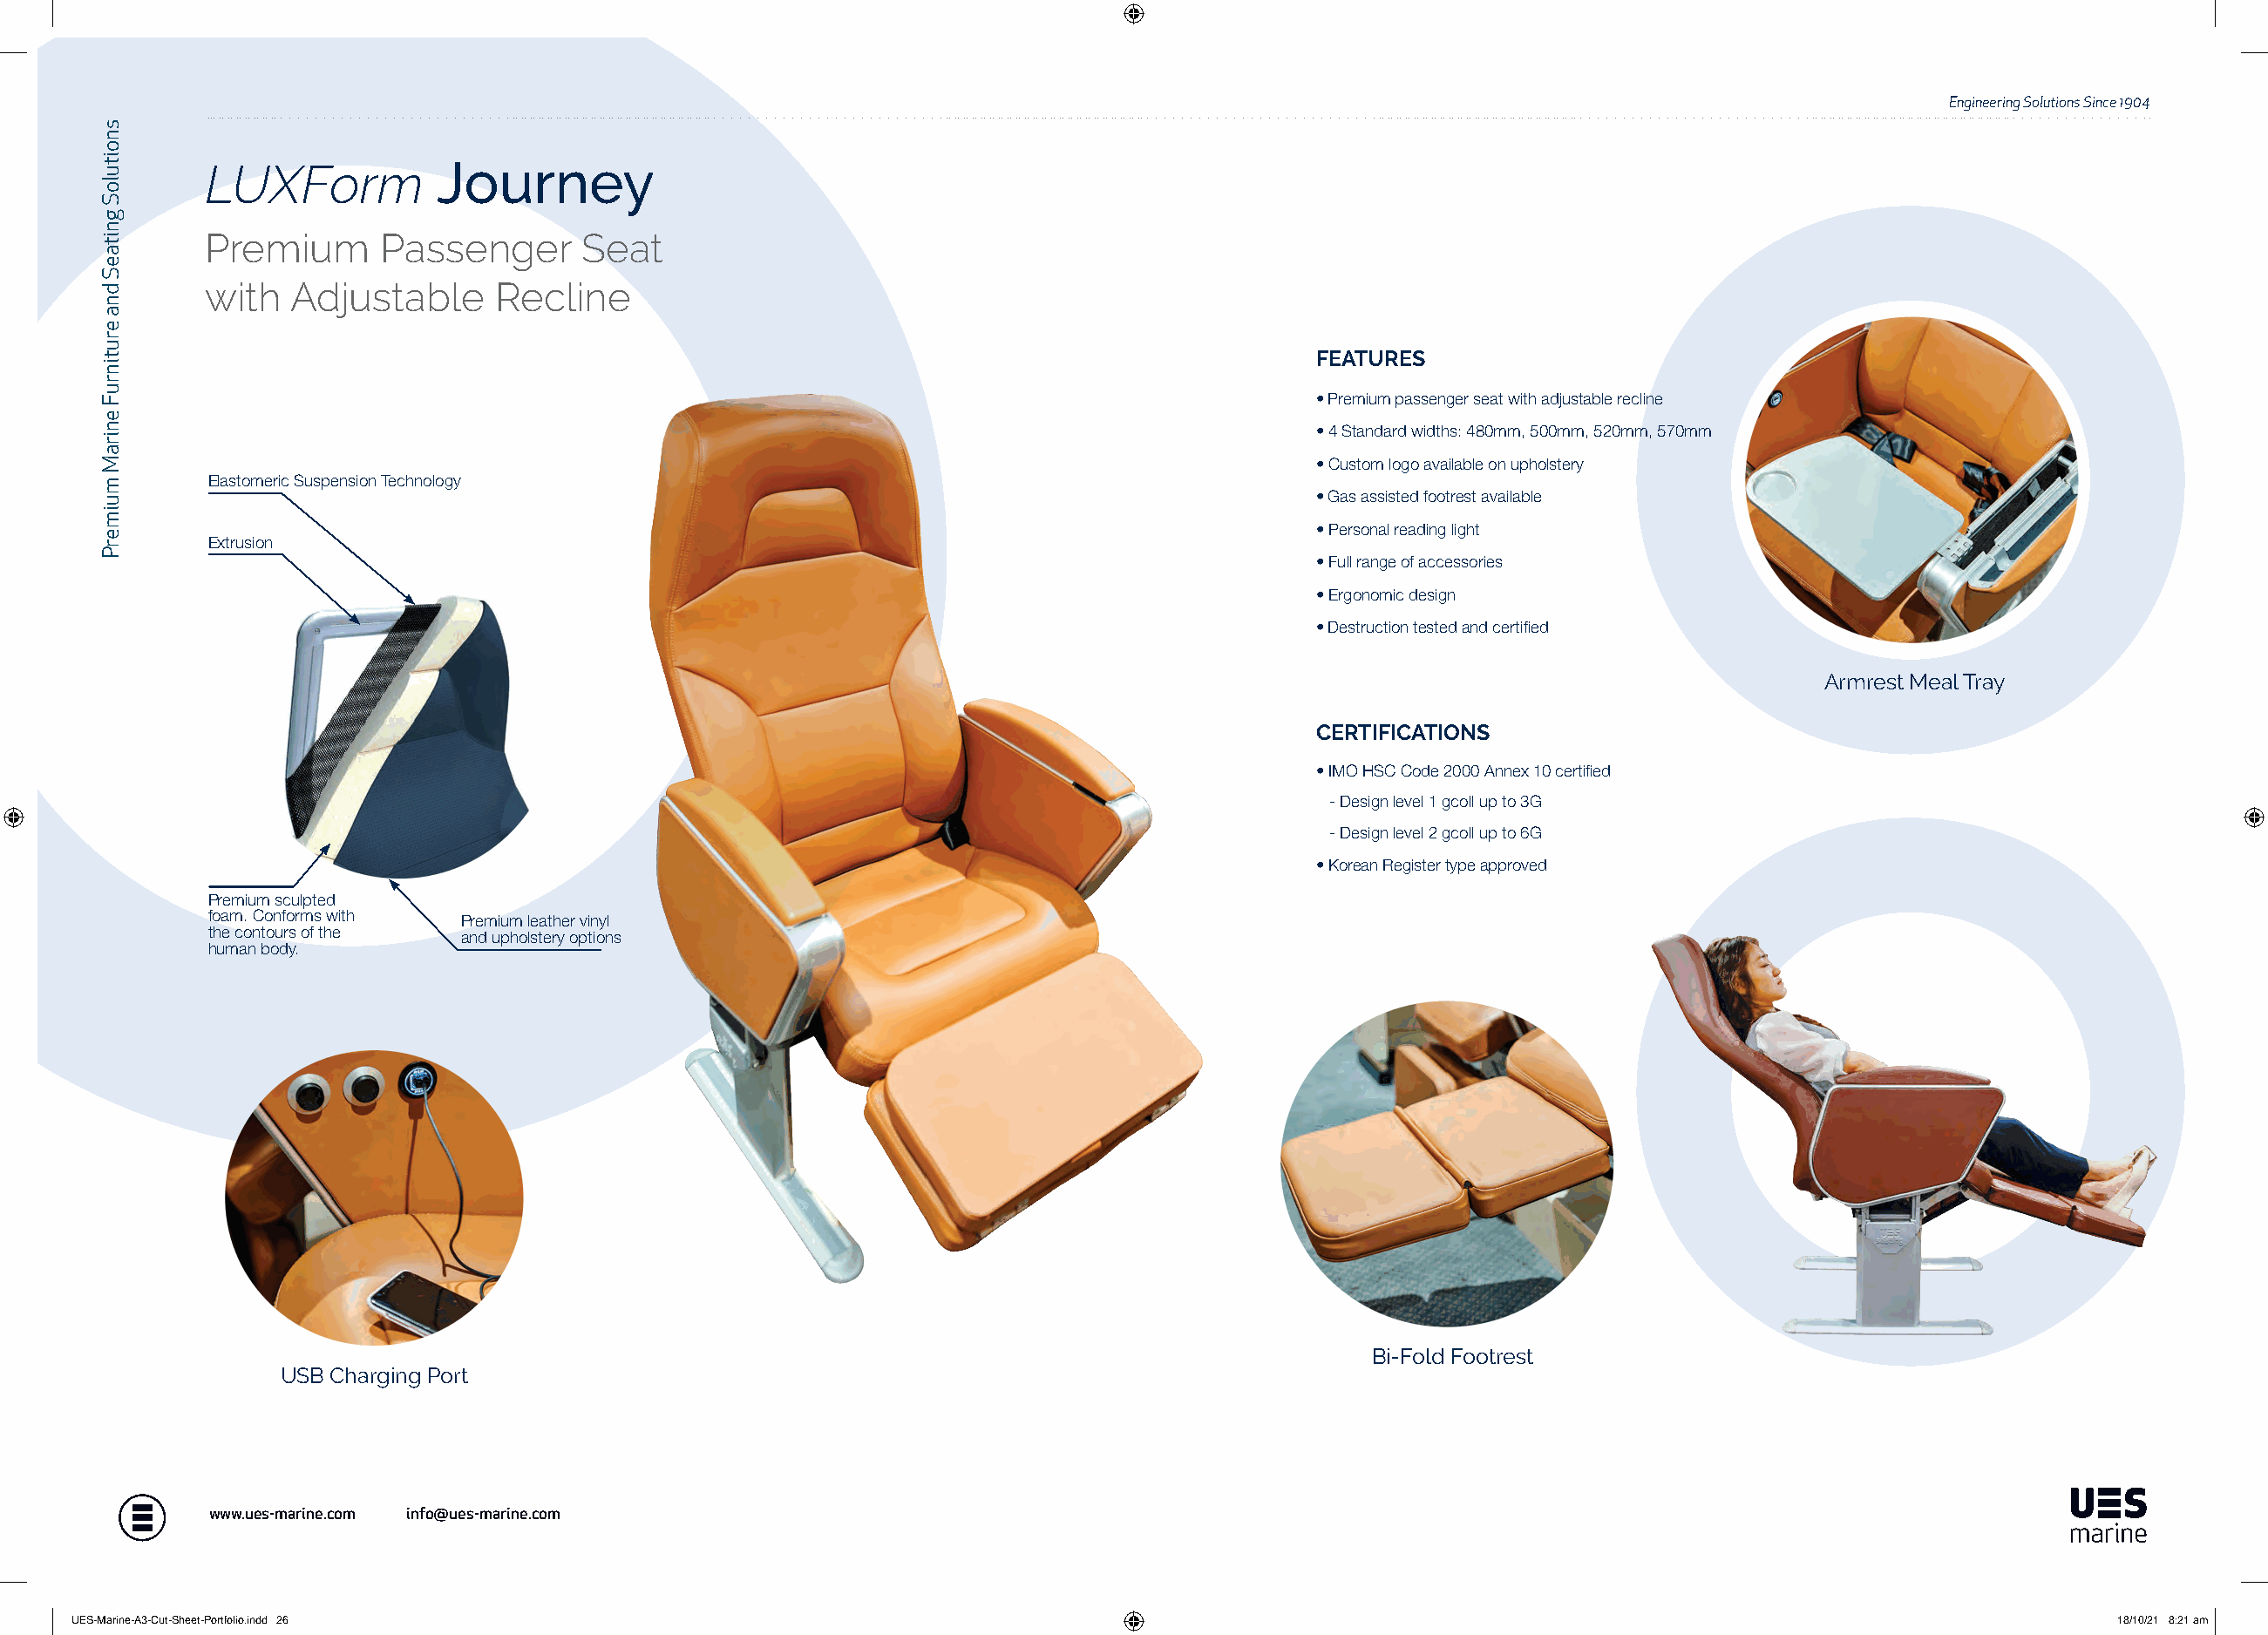
Engineering Solutions Since 1904
 LUXForm          Journey
 Premium      Passenger      Seat
 with  Adjustable      Recline
 FEATURES
 • Premium passenger seat with adjustable recline
 • 4 Standard widths: 480mm, 500mm, 520mm, 570mm
 • Custom logo available on upholstery
 Elastomeric Suspension Technology
 • Gas assisted footrest available
 • Personal reading light
 Extrusion
 • Full range of accessories
 • Ergonomic design
 • Destruction tested and certified
 Armrest Meal Tray
 CERTIFICATIONS
 • IMO HSC Code 2000 Annex 10 certified
 - Design level 1 gcoll up to 3G
 - Design level 2 gcoll up to 6G
 • Korean Register type approved
 Premium sculpted
 foam. Conforms with Premium leather vinyl
 the contours of the and upholstery options
 human body.
 Bi-Fold Footrest
 USB Charging Port
 www.ues-marine.com info@ues-marine.com
 UUEESS--MMaarriinnee--AA33--CCuutt--SShheeeett--PPoorrttffoolliioo..iinndddd 2266                                                                           1188//1100//2211 88::2211 aamm
 snoituloS
 gnitaeS
 dna
 erutinruF
 eniraM
 muimerP